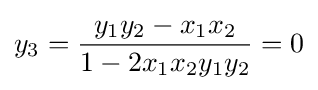
y_{3}={\frac {y_{1}y_{2}-x_{1}x_{2}}{1-2x_{1}x_{2}y_{1}y_{2}}}=0